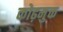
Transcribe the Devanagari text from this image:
कोढ़मुक्त